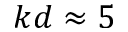
k d \approx 5